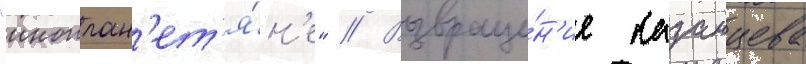
"иноплан'ет'я́н'е" // Возвраще́н'ие казанцева